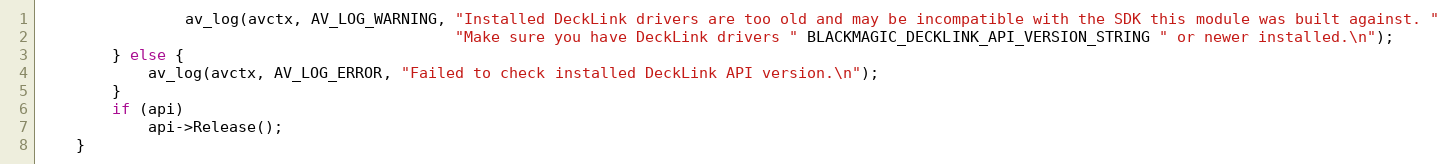
Language: C++
                av_log(avctx, AV_LOG_WARNING, "Installed DeckLink drivers are too old and may be incompatible with the SDK this module was built against. "
                                              "Make sure you have DeckLink drivers " BLACKMAGIC_DECKLINK_API_VERSION_STRING " or newer installed.\n");
        } else {
            av_log(avctx, AV_LOG_ERROR, "Failed to check installed DeckLink API version.\n");
        }
        if (api)
            api->Release();
    }